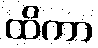
ထိကာ